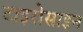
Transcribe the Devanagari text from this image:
टाइरोसाइन